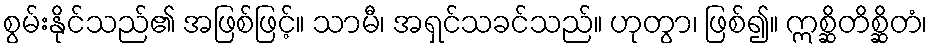
စွမ်းနိုင်သည်၏ အဖြစ်ဖြင့်။ သာမီ၊ အရှင်သခင်သည်။ ဟုတွာ၊ ဖြစ်၍။ ဣစ္ဆိတိစ္ဆိတံ၊